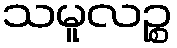
သမူလဉ္စ